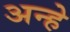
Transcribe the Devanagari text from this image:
अन्हे